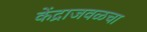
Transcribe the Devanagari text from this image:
केंद्राजवळचा